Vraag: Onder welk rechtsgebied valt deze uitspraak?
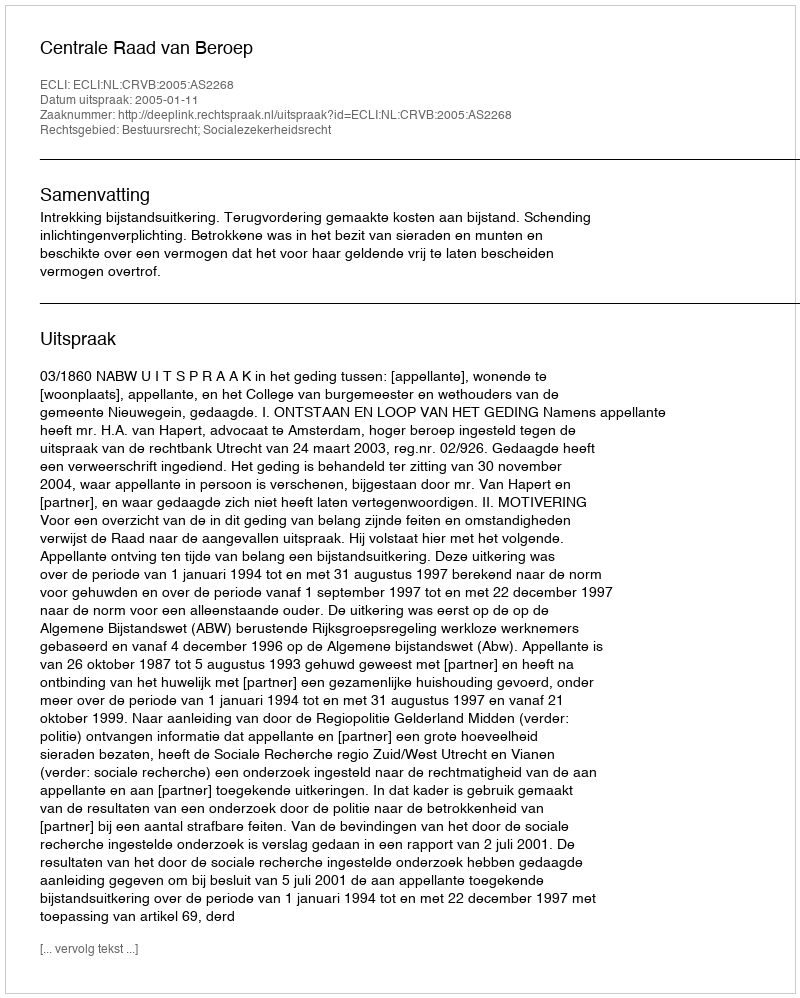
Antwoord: Bestuursrecht; Socialezekerheidsrecht